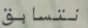
نتسابق